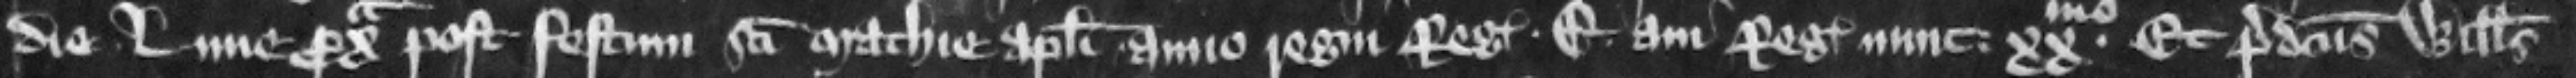
die Lune proxima post festum sancti Mathie apostoli anno regni regis Edwardi aui regis nunc . xxmo Et predictus Willelmus